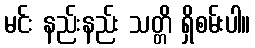
မင်း နည်းနည်း သတ္တိ ရှိစမ်းပါ။